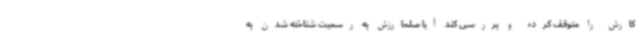
کارش را متوقف کرده و بررسی کند آیا صلحارزش به رسمیت شناخته شدن به